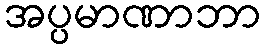
အပ္ပမာဏာဘာ